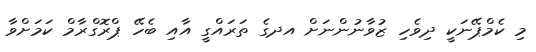
މި ކެމްޕޭނަކީ ދިވެހި ޒުވާނުންނަށް އދގެ ތަރައްގީ އާއި ބެހޭ ޕްރޮގްރާމް ކަމަށްވާ